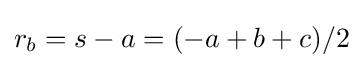
r_{b}=s-a=(-a+b+c)/2